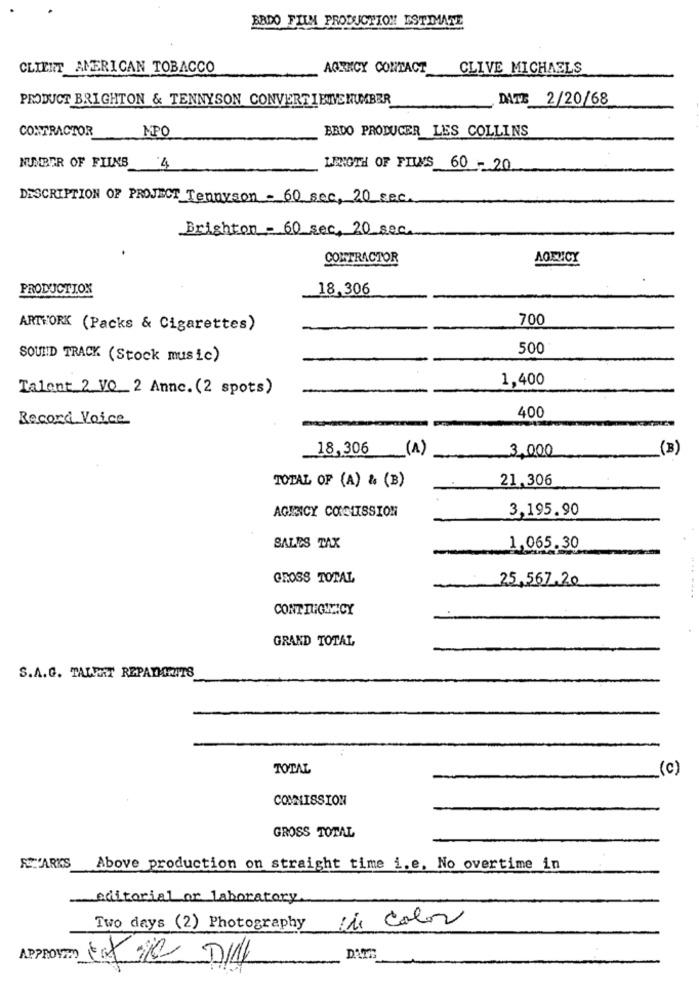
BBDO FILM PRODUCTION ESTIMATE
CLIENT AMERICAN TOBACCO
AGENCY CONTACT
CLIVE MICHAELS
PRODUCT BRIGHTON & TENNYSON CONVERTIEWENUMBER
DATE 2/20/68
CONTRACTOR
MPO
BEDO PRODUCER LES COLLINS
NUMBER OF FIINS 4
LENGTH OF FILS 60 - 20
DESCRIPTION OF PROJECT Tennyson - 60 sec, 20 sec.
Brighton - 60 sec, 20 sec.
CONTRACTOR
AGENCY
PRODUCTION
18,306
700
ARTWORK (Packs & Cigarettes)
500
SOUND TRACK (Stock music)
1,400
Talent 2 VO 2 Anne. (2 spots)
400
Record Voice
18,306
(1)
3.000
(B)
TOTAL OF (A) & (B)
21.306
AGENCY COMISSION
3,195.90
SALES TAX
1,065.30
GROSS TOTAL
25.567.20
....-...
CONT TUGWICY
GRAND TOTAL
S.A.G. TALFAT REPAYGRATS
TOTAL
(c)
COMMISSION
GROSS TOTAL
REMARKS Above production on straight time i.e. No overtime in
editorial or laboratory
Two days (2) Photography Di Colo
APPROVED tatie D/14